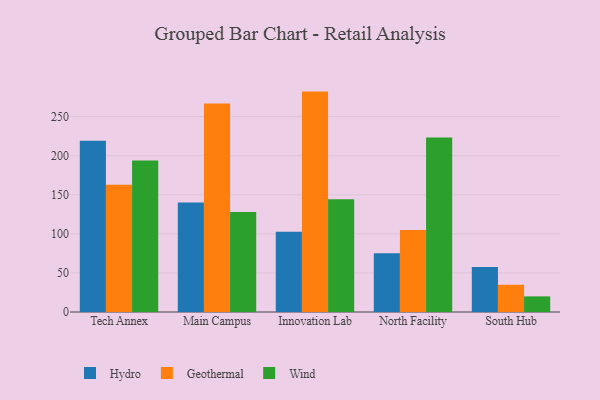
{"axis": {"x": "Campus", "y": "Inventory Turnover"}, "legend": ["Geothermal", "Hydro", "Wind"], "data": [{"x": "Tech Annex", "y": 219.3, "type": "Hydro"}, {"x": "Tech Annex", "y": 162.9, "type": "Geothermal"}, {"x": "Tech Annex", "y": 193.9, "type": "Wind"}, {"x": "Main Campus", "y": 140.1, "type": "Hydro"}, {"x": "Main Campus", "y": 266.8, "type": "Geothermal"}, {"x": "Main Campus", "y": 128.1, "type": "Wind"}, {"x": "Innovation Lab", "y": 102.7, "type": "Hydro"}, {"x": "Innovation Lab", "y": 282.1, "type": "Geothermal"}, {"x": "Innovation Lab", "y": 144.4, "type": "Wind"}, {"x": "North Facility", "y": 75.2, "type": "Hydro"}, {"x": "North Facility", "y": 105.0, "type": "Geothermal"}, {"x": "North Facility", "y": 223.2, "type": "Wind"}, {"x": "South Hub", "y": 57.7, "type": "Hydro"}, {"x": "South Hub", "y": 34.9, "type": "Geothermal"}, {"x": "South Hub", "y": 20.0, "type": "Wind"}]}